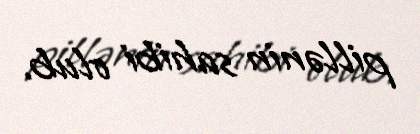
pillənin sahibi olub.